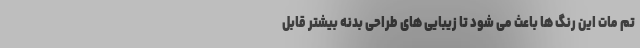
تم مات این رنگ ها باعث می شود تا زیبایی های طراحی بدنه بیشتر قابل